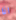
انا